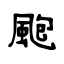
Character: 颮